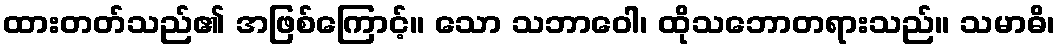
ထားတတ်သည်၏ အဖြစ်ကြောင့်။ သော သဘာဝေါ၊ ထိုသဘောတရားသည်။ သမာဓိ၊